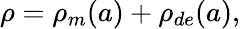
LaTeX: \rho=\rho_{m}(a)+\rho_{de}(a),